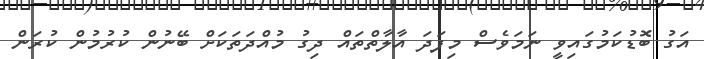
އަގު ބޮޑުކަމުގައިވީ ނަމަވެސް މިފަދަ އާލާތްތައް ދިގު މުއްދަތަކަށް ބޭނުން ކުރުމުން ކުރަން